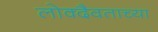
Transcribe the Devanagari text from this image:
लोक्दैवताच्या